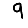
Digit: 9